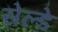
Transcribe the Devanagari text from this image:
सेल्डे